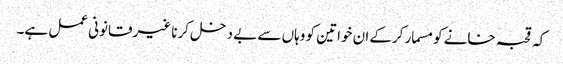
کہ قحبہ خانے کو مسمار کرکے ان خواتین کو وہاں سے بے دخل کرنا غیرقانونی عمل ہے۔